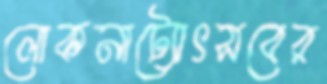
লোকনাট্যোৎসবের